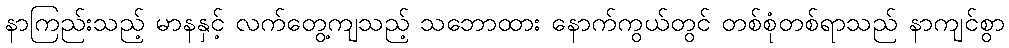
နာကြည်းသည့် မာနနှင့် လက်တွေ့ကျသည့် သဘောထား နောက်ကွယ်တွင် တစ်စုံတစ်ရာသည် နာကျင်စွာ